Source: Handwritten
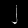
Digit: ၂ (2)